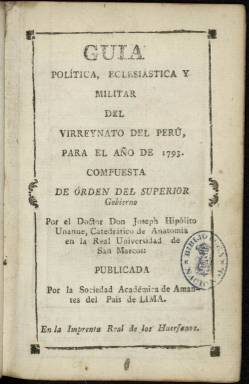
Título: Guía política, eclesiástica y militar del Virreynato del Perú
Otros títulos: Guía política, eclesiástica y militar del Virreinato del Perú
Colección: Almanaques || Guías y directorios
Ámbito geográfico: Perú
Lugar de publicación: Lima
Fechas: 01/01/1793-31/12/1793

Falta digitalizar 1794 y 1796 de D/12452.